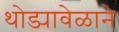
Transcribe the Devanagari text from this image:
थोड्यावेळाने